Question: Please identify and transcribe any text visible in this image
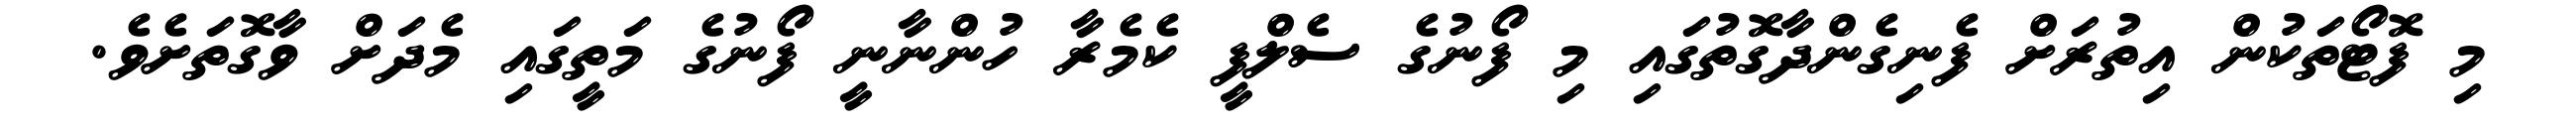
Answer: މި ފޮޓޯތަކުން އިތުރަށް ފެނިގެންދާގޮތުގައި މި ފޯނުގެ ސެލްފީ ކެމެރާ ހުންނާނީ ފޯނުގެ މަތީގައި މެދަށް ވާގޮތަށެވެ.